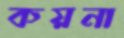
কয়না